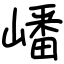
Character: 嶓